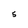
Character: 5